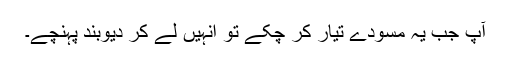
آپ جب یہ مسودے تیار کر چکے تو انہیں لے کر دیوبند پہنچے۔